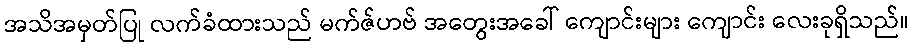
အသိအမှတ်ပြု လက်ခံထားသည် မက်ဇ်ဟဗ် အတွေးအခေါ် ကျောင်းများ ကျောင်း လေးခုရှိသည်။